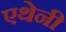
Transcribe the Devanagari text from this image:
एथेनी